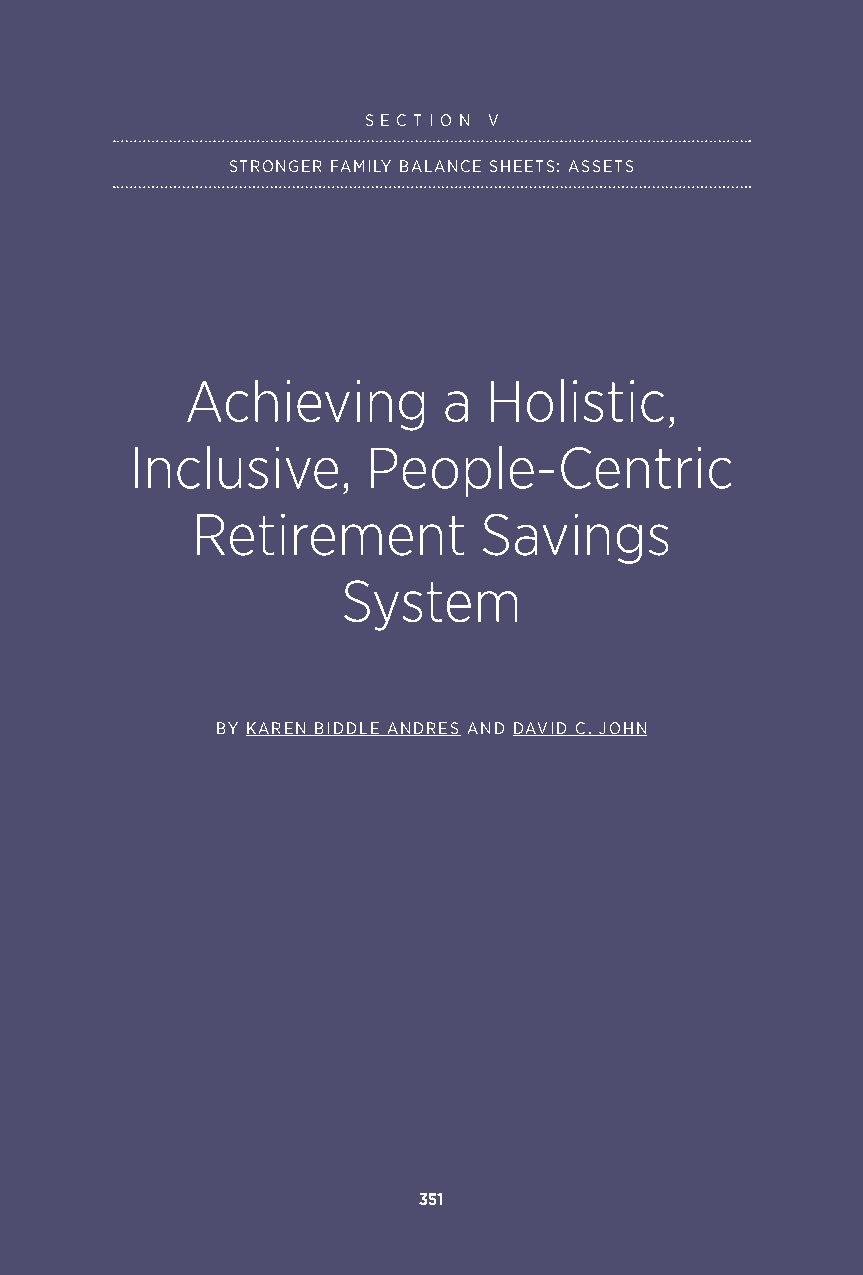
S E C T I O N V
 STRONGER FAMILY BALANCE SHEETS: ASSETS
 Achieving        a  Holistic,
 Inclusive,     People-Centric
 Retirement         Savings
 System
 BY KAREN BIDDLE ANDRES AND DAVID C. JOHN
 351